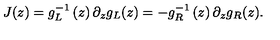
J ( z ) = g _ { L } ^ { - 1 } \left( z \right) \partial _ { z } g _ { L } ( z ) = - g _ { R } ^ { - 1 } \left( z \right) \partial _ { z } g _ { R } ( z ) .